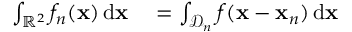
\begin{array} { r l } { \int _ { \mathbb { R } ^ { 2 } } f _ { n } ( \mathbf { x } ) \, \mathrm { d } \mathbf { x } } & { { } = \int _ { \mathcal { D } _ { n } } f ( \mathbf { x } - \mathbf { x } _ { n } ) \, \mathrm { d } \mathbf { x } } \end{array}